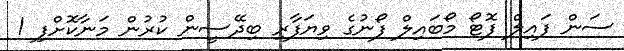
ސަން ފައިލް ފޮޓޯ މޯބައިލް ފޯނުގެ ވިޔަފާރި ބިދޭސީން ކުރުން މަނާކޮށްފި 1